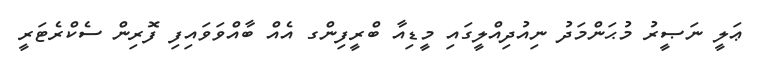
ޢަލީ ނަޞީރު މުޙަންމަދު ނިއުދިއްލީގައި މީޑިއާ ބްރީފިންގ އެއް ބާއްވަވައިފި ފޮރިން ސެކްރެޓަރީ